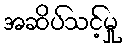
အဆိပ်သင့်မှု